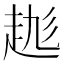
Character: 𧻆